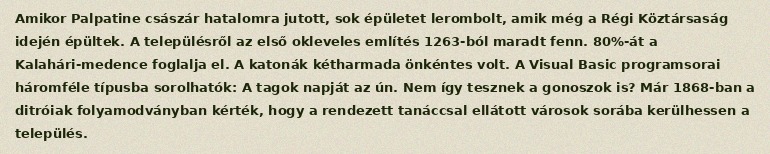
Amikor Palpatine császár hatalomra jutott, sok épületet lerombolt, amik még a Régi Köztársaság idején épültek. A településről az első okleveles említés 1263-ból maradt fenn. 80%-át a Kalahári-medence foglalja el. A katonák kétharmada önkéntes volt. A Visual Basic programsorai háromféle típusba sorolhatók: A tagok napját az ún. Nem így tesznek a gonoszok is? Már 1868-ban a ditróiak folyamodványban kérték, hogy a rendezett tanáccsal ellátott városok sorába kerülhessen a település.